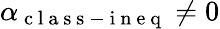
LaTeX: \alpha_{\mathrm{~c~l~a~s~s~-~i~n~e~q~}}\neq 0